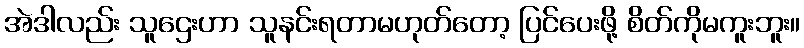
အဲဒါလည်း သူဌေးဟာ သူနင်းရတာမဟုတ်တော့ ပြင်ပေးဖို့ စိတ်ကိုမကူးဘူး။